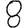
Digit: 8